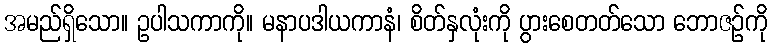
အမည်ရှိသော။ ဥပါသကာကို။ မနာပဒါယကာနံ၊ စိတ်နှလုံးကို ပွားစေတတ်သော ဘောဇဉ်ကို